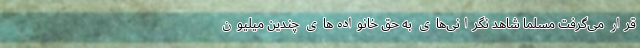
قرار می‌گرفت مسلماً شاهد نگرانی‌های به حق خانواده‌های چندین میلیون